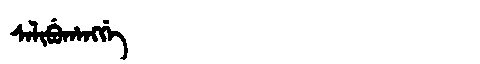
Manchu: ᠰᠠᠯᡳᠪᡠᡥᠠᠩᡤᡝ
Romanization: SALIBUHANGGE